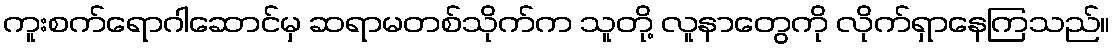
ကူးစက်ရောဂါဆောင်မှ ဆရာမတစ်သိုက်က သူတို့ လူနာတွေကို လိုက်ရှာနေကြသည်။